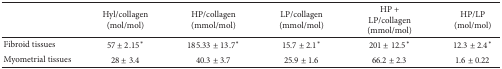
<table><thead><tr><td><b> </b></td><td><b>Hyl/collagen (mol/mol)</b></td><td><b>HP/collagen (mmol/mol)</b></td><td><b>LP/collagen (mmol/mol)</b></td><td><b>HP + LP/collagen (mmol/mol)</b></td><td><b>HP/LP (mol/mol)</b></td></tr></thead><tbody><tr><td>Fibroid tissues</td><td>57 ± 2.15<sup><i>∗</i></sup></td><td>185.33 ± 13.7<sup><i>∗</i></sup></td><td>15.7 ± 2.1<sup><i>∗</i></sup></td><td>201 ± 12.5<sup><i>∗</i></sup></td><td>12.3 ± 2.4<sup><i>∗</i></sup></td></tr><tr><td>Myometrial tissues</td><td>28 ± 3.4</td><td>40.3 ± 3.7</td><td>25.9 ± 1.6</td><td>66.2 ± 2.3</td><td>1.6 ± 0.22</td></tr></tbody></table>